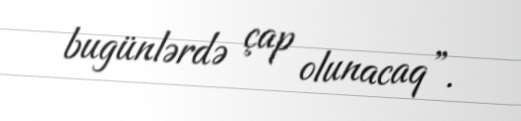
bugünlərdə çap olunacaq”.